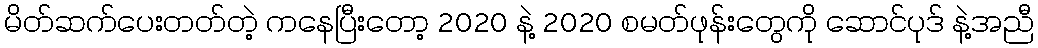
မိတ်ဆက်ပေးတတ်တဲ့ ကနေပြီးတော့ 2020 နဲ့ 2020 စမတ်ဖုန်းတွေကို ဆောင်ပုဒ် နဲ့အညီ